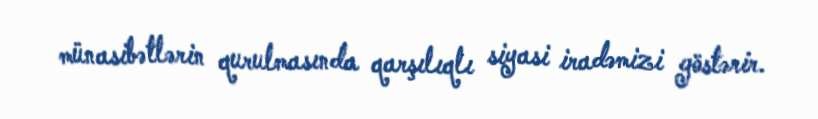
münasibətlərin qurulmasında qarşılıqlı siyasi iradəmizi göstərir.